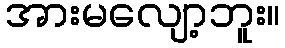
အားမလျော့ဘူး။